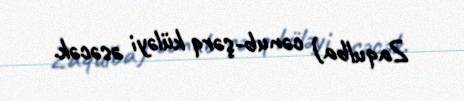
Zaqulba) cənub-şərq küləyi əsəcək.